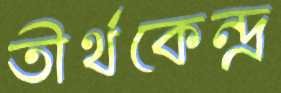
তীর্থকেন্দ্র